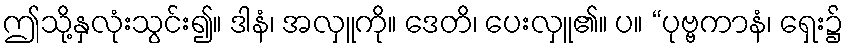
ဤသို့နှလုံးသွင်း၍။ ဒါနံ၊ အလှူကို။ ဒေတိ၊ ပေးလှူ၏။ ပ။ “ပုဗ္ဗကာနံ၊ ရှေး၌